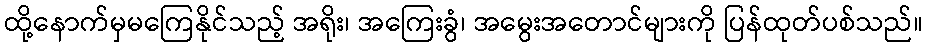
ထို့နောက်မှမကြေနိုင်သည့် အရိုး၊ အကြေးခွံ၊ အမွေးအတောင်များကို ပြန်ထုတ်ပစ်သည်။